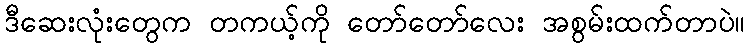
ဒီဆေးလုံးတွေက တကယ့်ကို တော်တော်လေး အစွမ်းထက်တာပဲ။